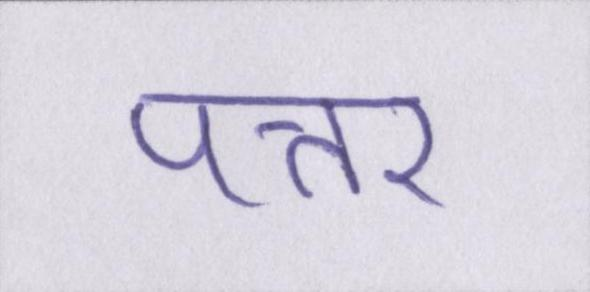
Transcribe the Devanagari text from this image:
पत्तर